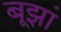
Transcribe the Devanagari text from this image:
बूझां